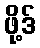
ဖို့ဒ်